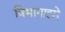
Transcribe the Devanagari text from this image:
विभागाह्से